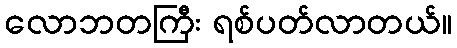
လောဘတကြီး ရစ်ပတ်လာတယ်။